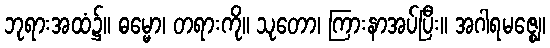
ဘုရားအထံ၌။ ဓမ္မော၊ တရားကို။ သုတော၊ ကြားနာအပ်ပြီး။ အဂါရမဇ္ဈေ၊